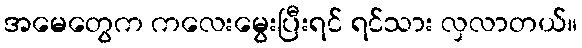
အမေတွေက ကလေးမွေးပြီးရင် ရင်သား လှလာတယ်။